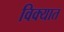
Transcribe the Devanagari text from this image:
विक्यात